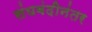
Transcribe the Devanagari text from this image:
संघबंदीनंतर